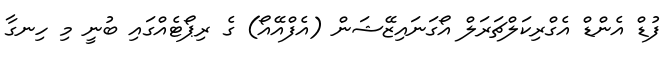
ފުޑް އެންޑް އެގްރިކަލްޗަރަލް އޯގަނައިޒޭޝަން (އެފްއޭއޯ) ގެ ރިޕޯޓެއްގައި ބުނީ މި ހިނގާ